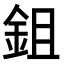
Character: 鉏